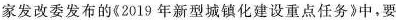
家发改委发布的《2019年新型城镇化建设重点任务》中，要